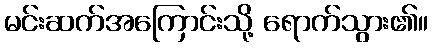
မင်းဆက်အကြောင်းသို့ ရောက်သွား၏။